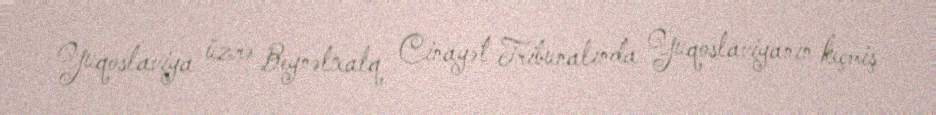
Yuqoslaviya üzrə Beynəlxalq Cinayət Tribunalında Yuqoslaviyanın keçmiş